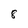
Character: 8